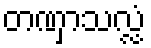
တဏှာသလ္လံ